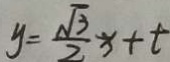
y = \frac { \sqrt { 3 } } { 2 } x + t